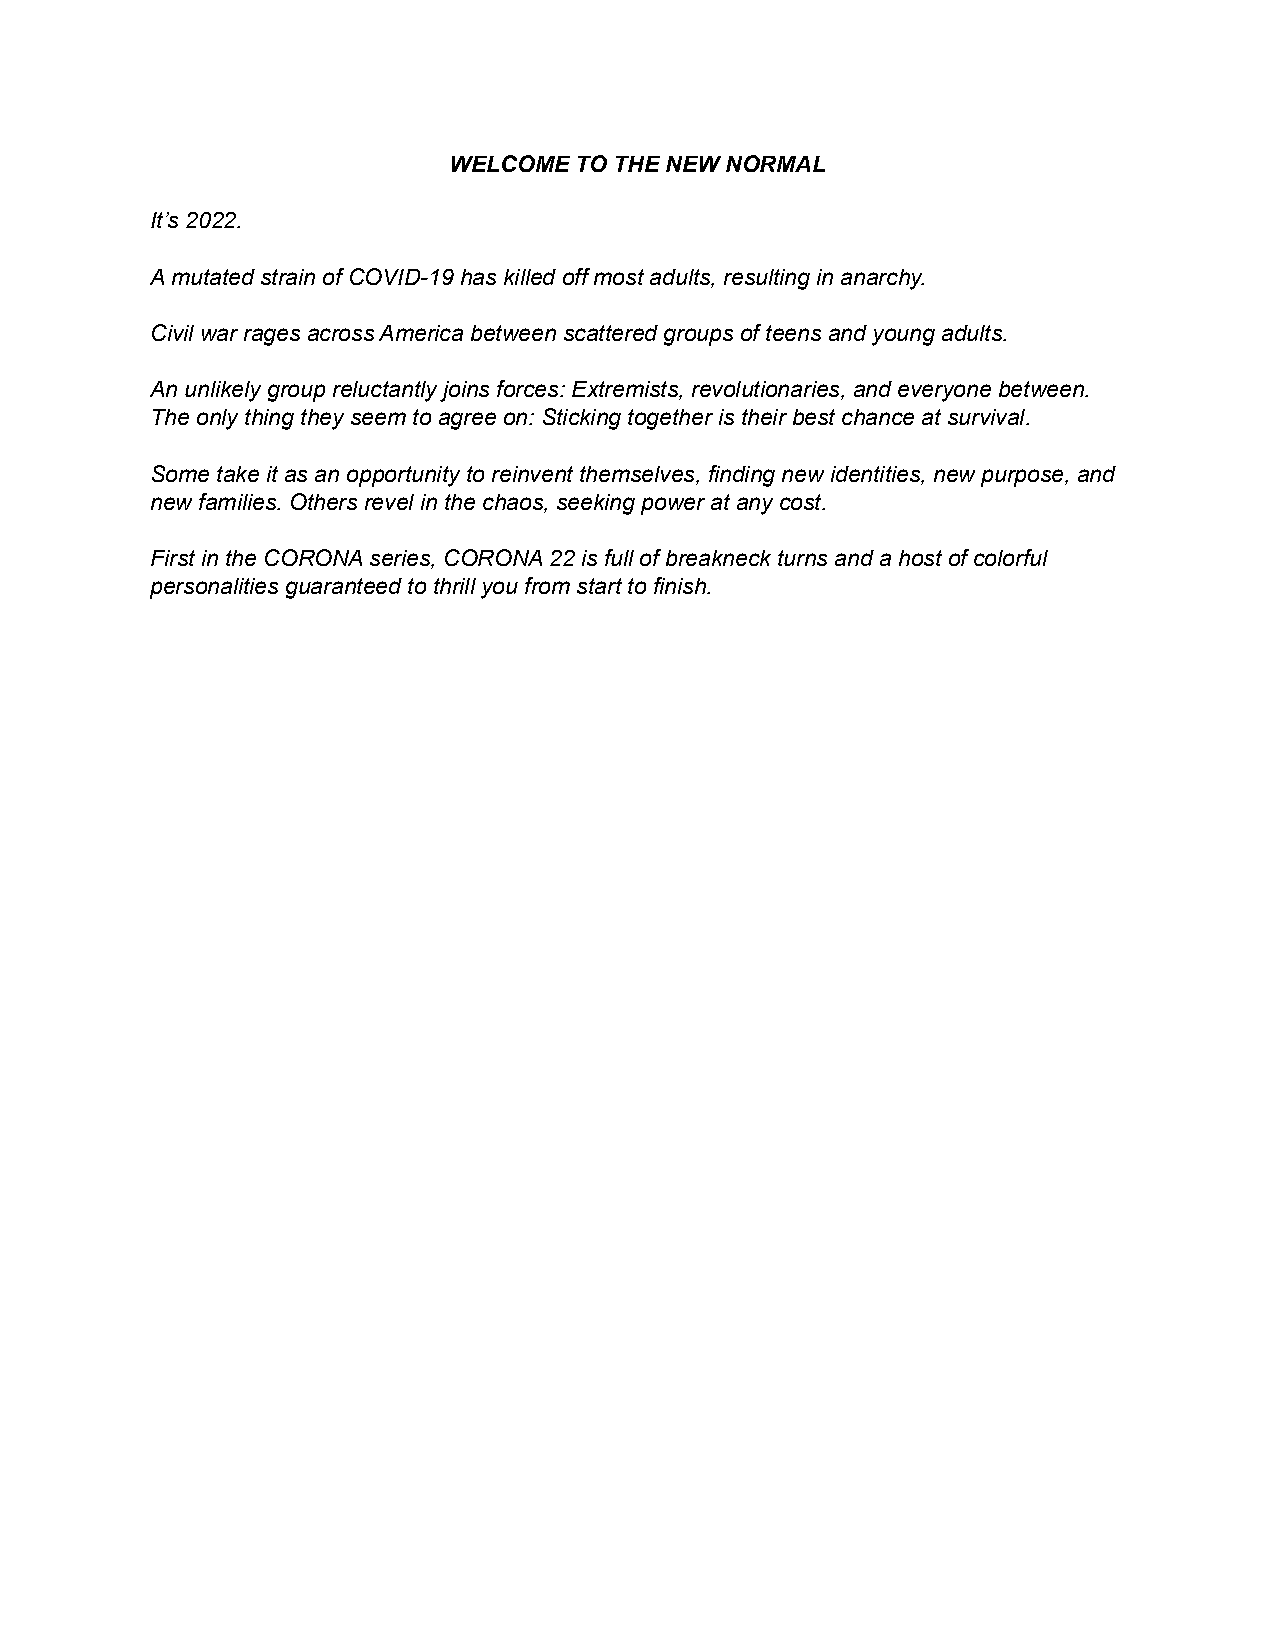
WELCOME TO THE NEW NORMAL
 It’s 2022.
 A mutated strain of COVID-19 has killed off most adults, resulting in anarchy.
 Civil war rages across America between scattered groups of teens and young adults.
 An unlikely group reluctantly joins forces: Extremists, revolutionaries, and everyone between.
 The only thing they seem to agree on: Sticking together is their best chance at survival.
 Some take it as an opportunity to reinvent themselves, finding new identities, new purpose, and
 new families. Others revel in the chaos, seeking power at any cost.
 First in the CORONA series, CORONA 22 is full of breakneck turns and a host of colorful
 personalities guaranteed to thrill you from start to finish.